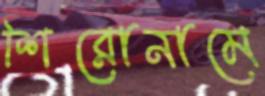
শিরোনামে